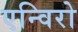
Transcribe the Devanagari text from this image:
एन्विरो